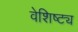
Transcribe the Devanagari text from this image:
वेशिष्ट्य